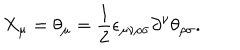
X _ { \mu } = \theta _ { \mu } = \frac { 1 } { 2 } \epsilon _ { \mu \nu \rho \sigma } \partial ^ { \nu } \theta _ { \rho \sigma } .